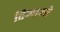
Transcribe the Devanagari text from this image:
तिआओ